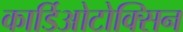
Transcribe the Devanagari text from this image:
कार्डिओटोक्सिन